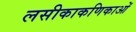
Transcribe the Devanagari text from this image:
लसीकाकणिकाओं